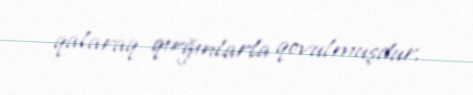
qalaraq qırğınlarla qovulmuşdur.